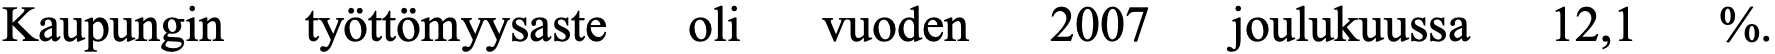
Kaupungin työttömyysaste oli vuoden 2007 joulukuussa 12,1 %.